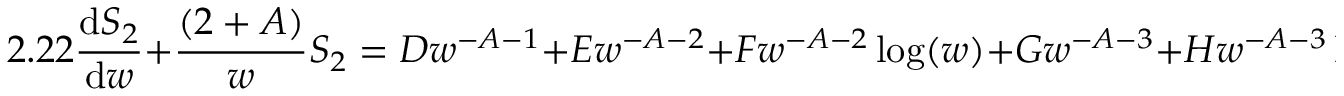
2 . 2 2 \frac { \mathrm { d } S _ { 2 } } { \mathrm { d } w } + \frac { ( 2 + A ) } { w } S _ { 2 } = D w ^ { - A - 1 } + E w ^ { - A - 2 } + F w ^ { - A - 2 } \log ( w ) + G w ^ { - A - 3 } + H w ^ { - A - 3 } \log ( w ) \quad ,